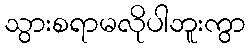
သွားစရာမလိုပါဘူးကွာ